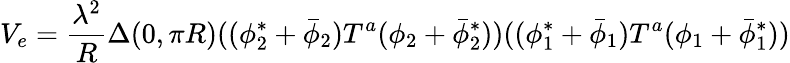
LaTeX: V_{e}={\frac{\lambda^{2}}{R}}\Delta(0,\pi R)((\phi_{2}^{*}+\bar{\phi}_{2})T^{a}(\phi_{2}+\bar{\phi}_{2}^{*}))((\phi_{1}^{*}+\bar{\phi}_{1})T^{a}(\phi_{1}+\bar{\phi}_{1}^{*}))